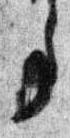
事